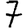
Digit: 7